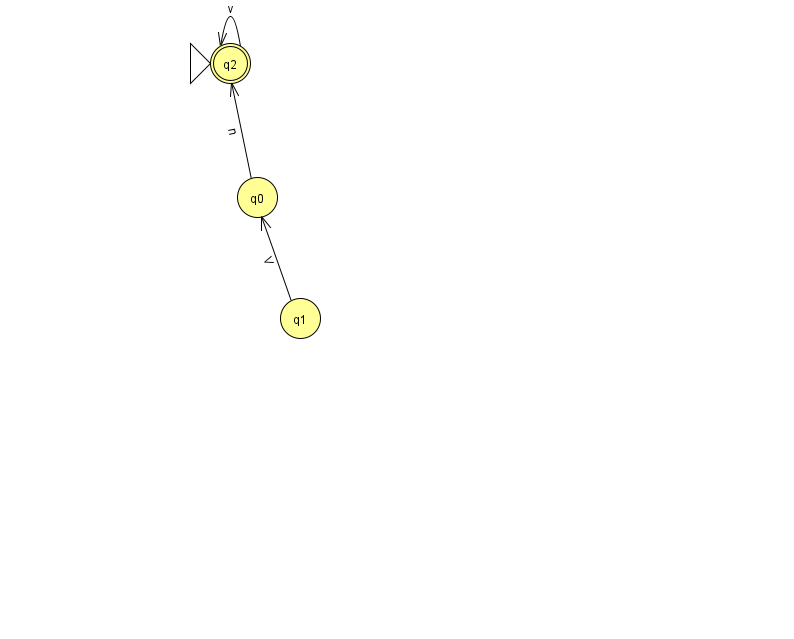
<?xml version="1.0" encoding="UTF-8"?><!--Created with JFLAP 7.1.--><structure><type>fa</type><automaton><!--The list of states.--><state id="0" name="q0"><x>257.0</x><y>184.0</y></state><state id="1" name="q1"><x>300.0</x><y>305.0</y></state><state id="2" name="q2"><x>230.0</x><y>50.0</y><initial/><final/></state><!--The list of transitions.--><transition><from>2</from><to>2</to><read>v</read></transition><transition><from>1</from><to>0</to><read>V</read></transition><transition><from>0</from><to>2</to><read>n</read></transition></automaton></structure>